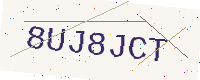
Text: 8UJ8JCT